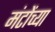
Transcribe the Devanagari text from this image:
मंटोंच्या